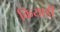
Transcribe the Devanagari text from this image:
कियार्डी